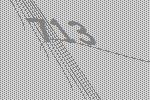
713